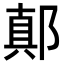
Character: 𨝊